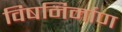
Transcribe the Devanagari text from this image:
विषनिर्माण